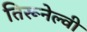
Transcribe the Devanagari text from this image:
तिरूनेल्वी